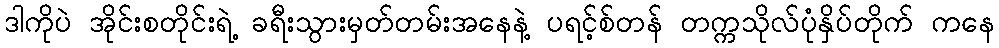
ဒါကိုပဲ အိုင်းစတိုင်းရဲ့ ခရီးသွားမှတ်တမ်းအနေနဲ့ ပရင့်စ်တန် တက္ကသိုလ်ပုံနှိပ်တိုက် ကနေ